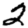
Digit: 2